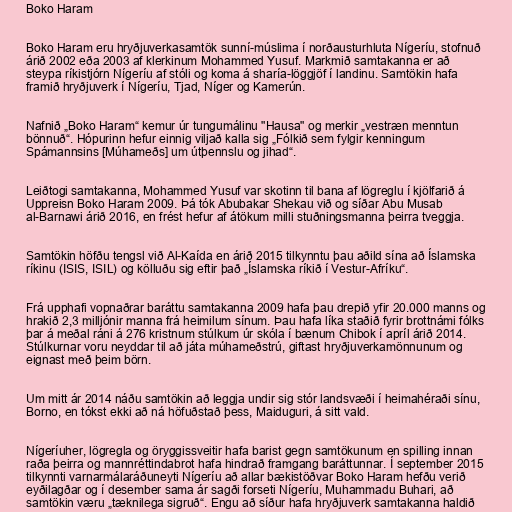
Boko Haram

Boko Haram eru hryðjuverkasamtök sunní-múslima í norðausturhluta Nígeríu, stofnuð
árið 2002 eða 2003 af klerkinum Mohammed Yusuf. Markmið samtakanna er að
steypa ríkistjórn Nígeríu af stóli og koma á sharía-löggjöf í landinu. Samtökin hafa
framið hryðjuverk í Nígeríu, Tjad, Níger og Kamerún.

Nafnið „Boko Haram“ kemur úr tungumálinu "Hausa" og merkir „vestræn menntun
bönnuð“. Hópurinn hefur einnig viljað kalla sig „Fólkið sem fylgir kenningum
Spámannsins [Múhameðs] um útþennslu og jihad“.

Leiðtogi samtakanna, Mohammed Yusuf var skotinn til bana af lögreglu í kjölfarið á
Uppreisn Boko Haram 2009. Þá tók Abubakar Shekau við og síðar Abu Musab
al-Barnawi árið 2016, en frést hefur af átökum milli stuðningsmanna þeirra tveggja.

Samtökin höfðu tengsl við Al-Kaída en árið 2015 tilkynntu þau aðild sína að Íslamska
ríkinu (ISIS, ISIL) og kölluðu sig eftir það „Íslamska ríkið í Vestur-Afríku“.

Frá upphafi vopnaðrar baráttu samtakanna 2009 hafa þau drepið yfir 20.000 manns og
hrakið 2,3 milljónir manna frá heimilum sínum. Þau hafa líka staðið fyrir brottnámi fólks
þar á meðal ráni á 276 kristnum stúlkum úr skóla í bænum Chibok í apríl árið 2014.
Stúlkurnar voru neyddar til að játa múhameðstrú, giftast hryðjuverkamönnunum og
eignast með þeim börn.

Um mitt ár 2014 náðu samtökin að leggja undir sig stór landsvæði í heimahéraði sínu,
Borno, en tókst ekki að ná höfuðstað þess, Maiduguri, á sitt vald.

Nígeríuher, lögregla og öryggissveitir hafa barist gegn samtökunum en spilling innan
raða þeirra og mannréttindabrot hafa hindrað framgang baráttunnar. Í september 2015
tilkynnti varnarmálaráðuneyti Nígeríu að allar bækistöðvar Boko Haram hefðu verið
eyðilagðar og í desember sama ár sagði forseti Nígeríu, Muhammadu Buhari, að
samtökin væru „tæknilega sigruð“. Engu að síður hafa hryðjuverk samtakanna haldið